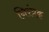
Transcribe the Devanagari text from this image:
निरंत्रक